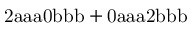
\mathrm { 2 a a a 0 b b b + 0 a a a 2 b b b }